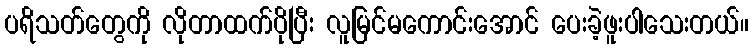
ပရိသတ်တွေကို လိုတာထက်ပိုပြီး လူမြင်မကောင်းအောင် ပေးခဲ့ဖူးပါသေးတယ်။